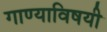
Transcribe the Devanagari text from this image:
गाण्याविषयी